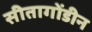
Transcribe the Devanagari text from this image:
सीतागोंडीन